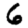
Digit: 6